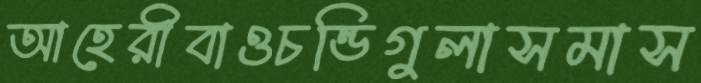
আহেরীবাওচন্ডিগুলাসমাস